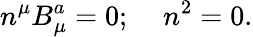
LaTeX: n^{\mu}B_{\mu}^{a}=0;\; \; \; \; n^{2}=0.